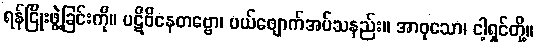
ရန်ငြိုးဖွဲ့ခြင်းကို။ ပဋိဝိနေတဗ္ဗော၊ ပယ်ဖျောက်အပ်သနည်း။ အာဝုသော၊ ငါ့ရှင်တို့။